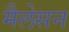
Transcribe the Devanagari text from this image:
मैलेसन